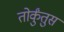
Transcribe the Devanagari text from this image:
तोर्कुंतुस